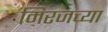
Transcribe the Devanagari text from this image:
मिरजच्या